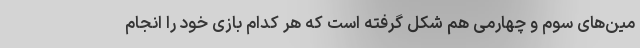
مین‌های سوم و چهارمی هم شکل گرفته است که هر کدام بازی خود را انجام